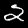
Label: 2